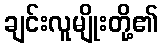
ချင်းလူမျိုးတို့၏